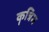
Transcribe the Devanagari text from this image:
कॄत्रिम